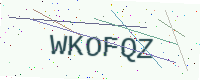
Text: WKOFQZ